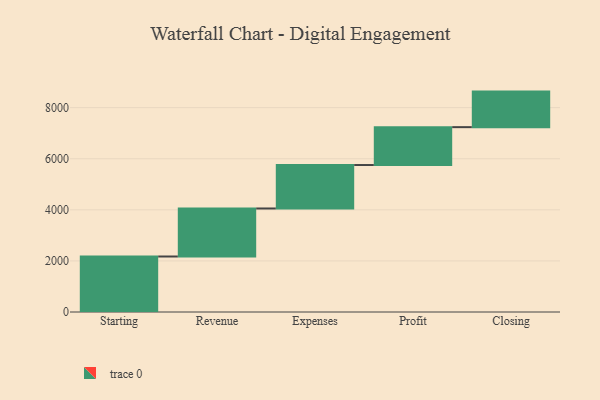
{"axis": {"x": "Step", "y": "Value"}, "legend": [""], "data": [{"x": "Starting", "y": 2173.0, "type": ""}, {"x": "Revenue", "y": 1880.0, "type": ""}, {"x": "Expenses", "y": 1701.0, "type": ""}, {"x": "Profit", "y": 1483.0, "type": ""}, {"x": "Closing", "y": 1392.0, "type": ""}]}